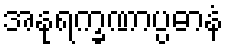
အနုရက္ခဏာပ္ပဓာနံ